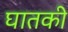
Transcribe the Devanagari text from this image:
घातकी